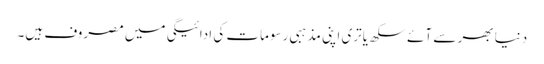
دنیا بھر سے آئے سکھ یاتری اپنی مذہبی رسومات کی ادائیگی میں مصروف ہیں۔